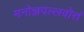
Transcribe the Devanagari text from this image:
मनोज्ञपल्लवोत्तं